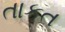
તાકત